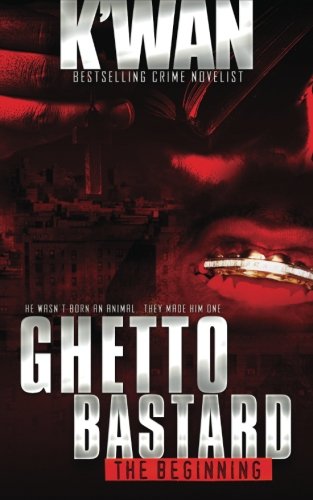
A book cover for Ghetto Bastard (Animal); K'wan; Literature & Fiction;